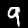
Label: 9